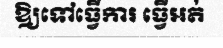
ឱ្យទៅធ្វើការ ធ្វើអត់